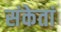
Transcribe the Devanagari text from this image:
संकेतां